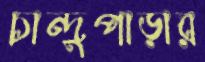
চান্দুপাড়ার